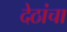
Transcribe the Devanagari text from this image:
देठांचा